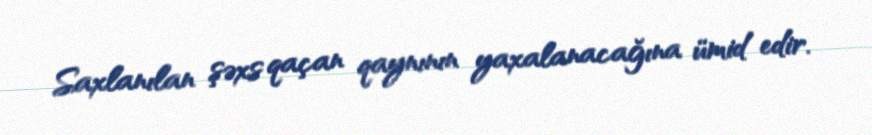
Saxlanılan şəxs qaçan qaynının yaxalanacağına ümid edir.